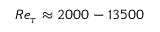
R e _ { \tau } \approx 2 0 0 0 - 1 3 5 0 0